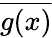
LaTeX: \overline{{g(x)}}